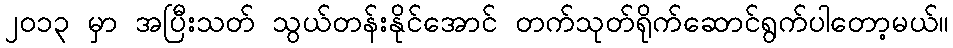
၂၀၁၃ မှာ အပြီးသတ် သွယ်တန်းနိုင်အောင် တက်သုတ်ရိုက်ဆောင်ရွက်ပါတော့မယ်။